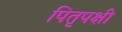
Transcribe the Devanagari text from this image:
पितृपक्षी